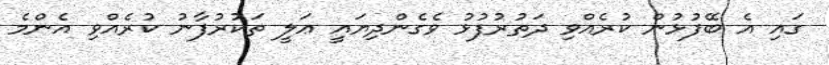
ގައި އެ ބޭފުޅުން ކުރެއްވި ދަތުރުފުޅު ވެގެންދިޔައީ ޢަލީ ތަކުރުފާނު ކުރެއްވި އެންމެ